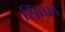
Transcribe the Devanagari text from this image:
सिंघ्फो